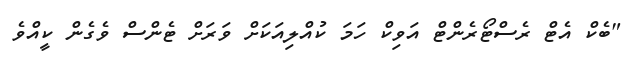
"ބެކް އެޓް ރެސްޓޯރެންޓް އަވިކް ހަމަ ކުއްލިއަކަށް ވަރަށް ޓެންސް ވެގެން ކީއްވެ